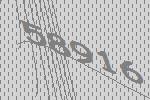
58916